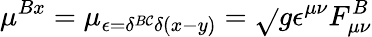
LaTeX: \mu^{Bx}=\mu_{\epsilon=\delta^{B\mathcal{C}}\delta(x-y)}=\sqrt{}{{g}}\epsilon^{\mu\nu}F_{\mu\nu}^{B}